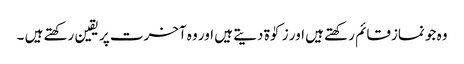
وہ جو نمازقائم رکھتے ہیں اور زکوٰۃ دیتے ہیں اور وہ آخرت پر یقین رکھتے ہیں ۔